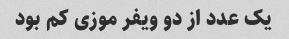
یک عدد از دو ویفر موزی کم بود